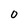
Character: O